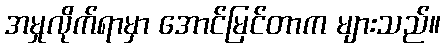
အမှုလိုက်ရာမှာ အောင်မြင်တာက များသည်။